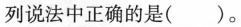
列说法中正确的是( )。